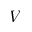
V